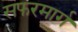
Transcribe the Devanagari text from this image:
सफरमार्ग